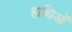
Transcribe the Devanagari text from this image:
हाथिओं